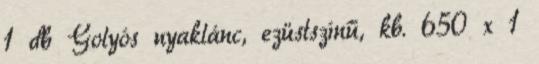
1 db Golyós nyaklánc, ezüstszínű, kb. 650 x 1